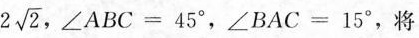
2 \sqrt{2}$$ ，$$∠ABC=45°$$，$$∠BAC=15°$$，将